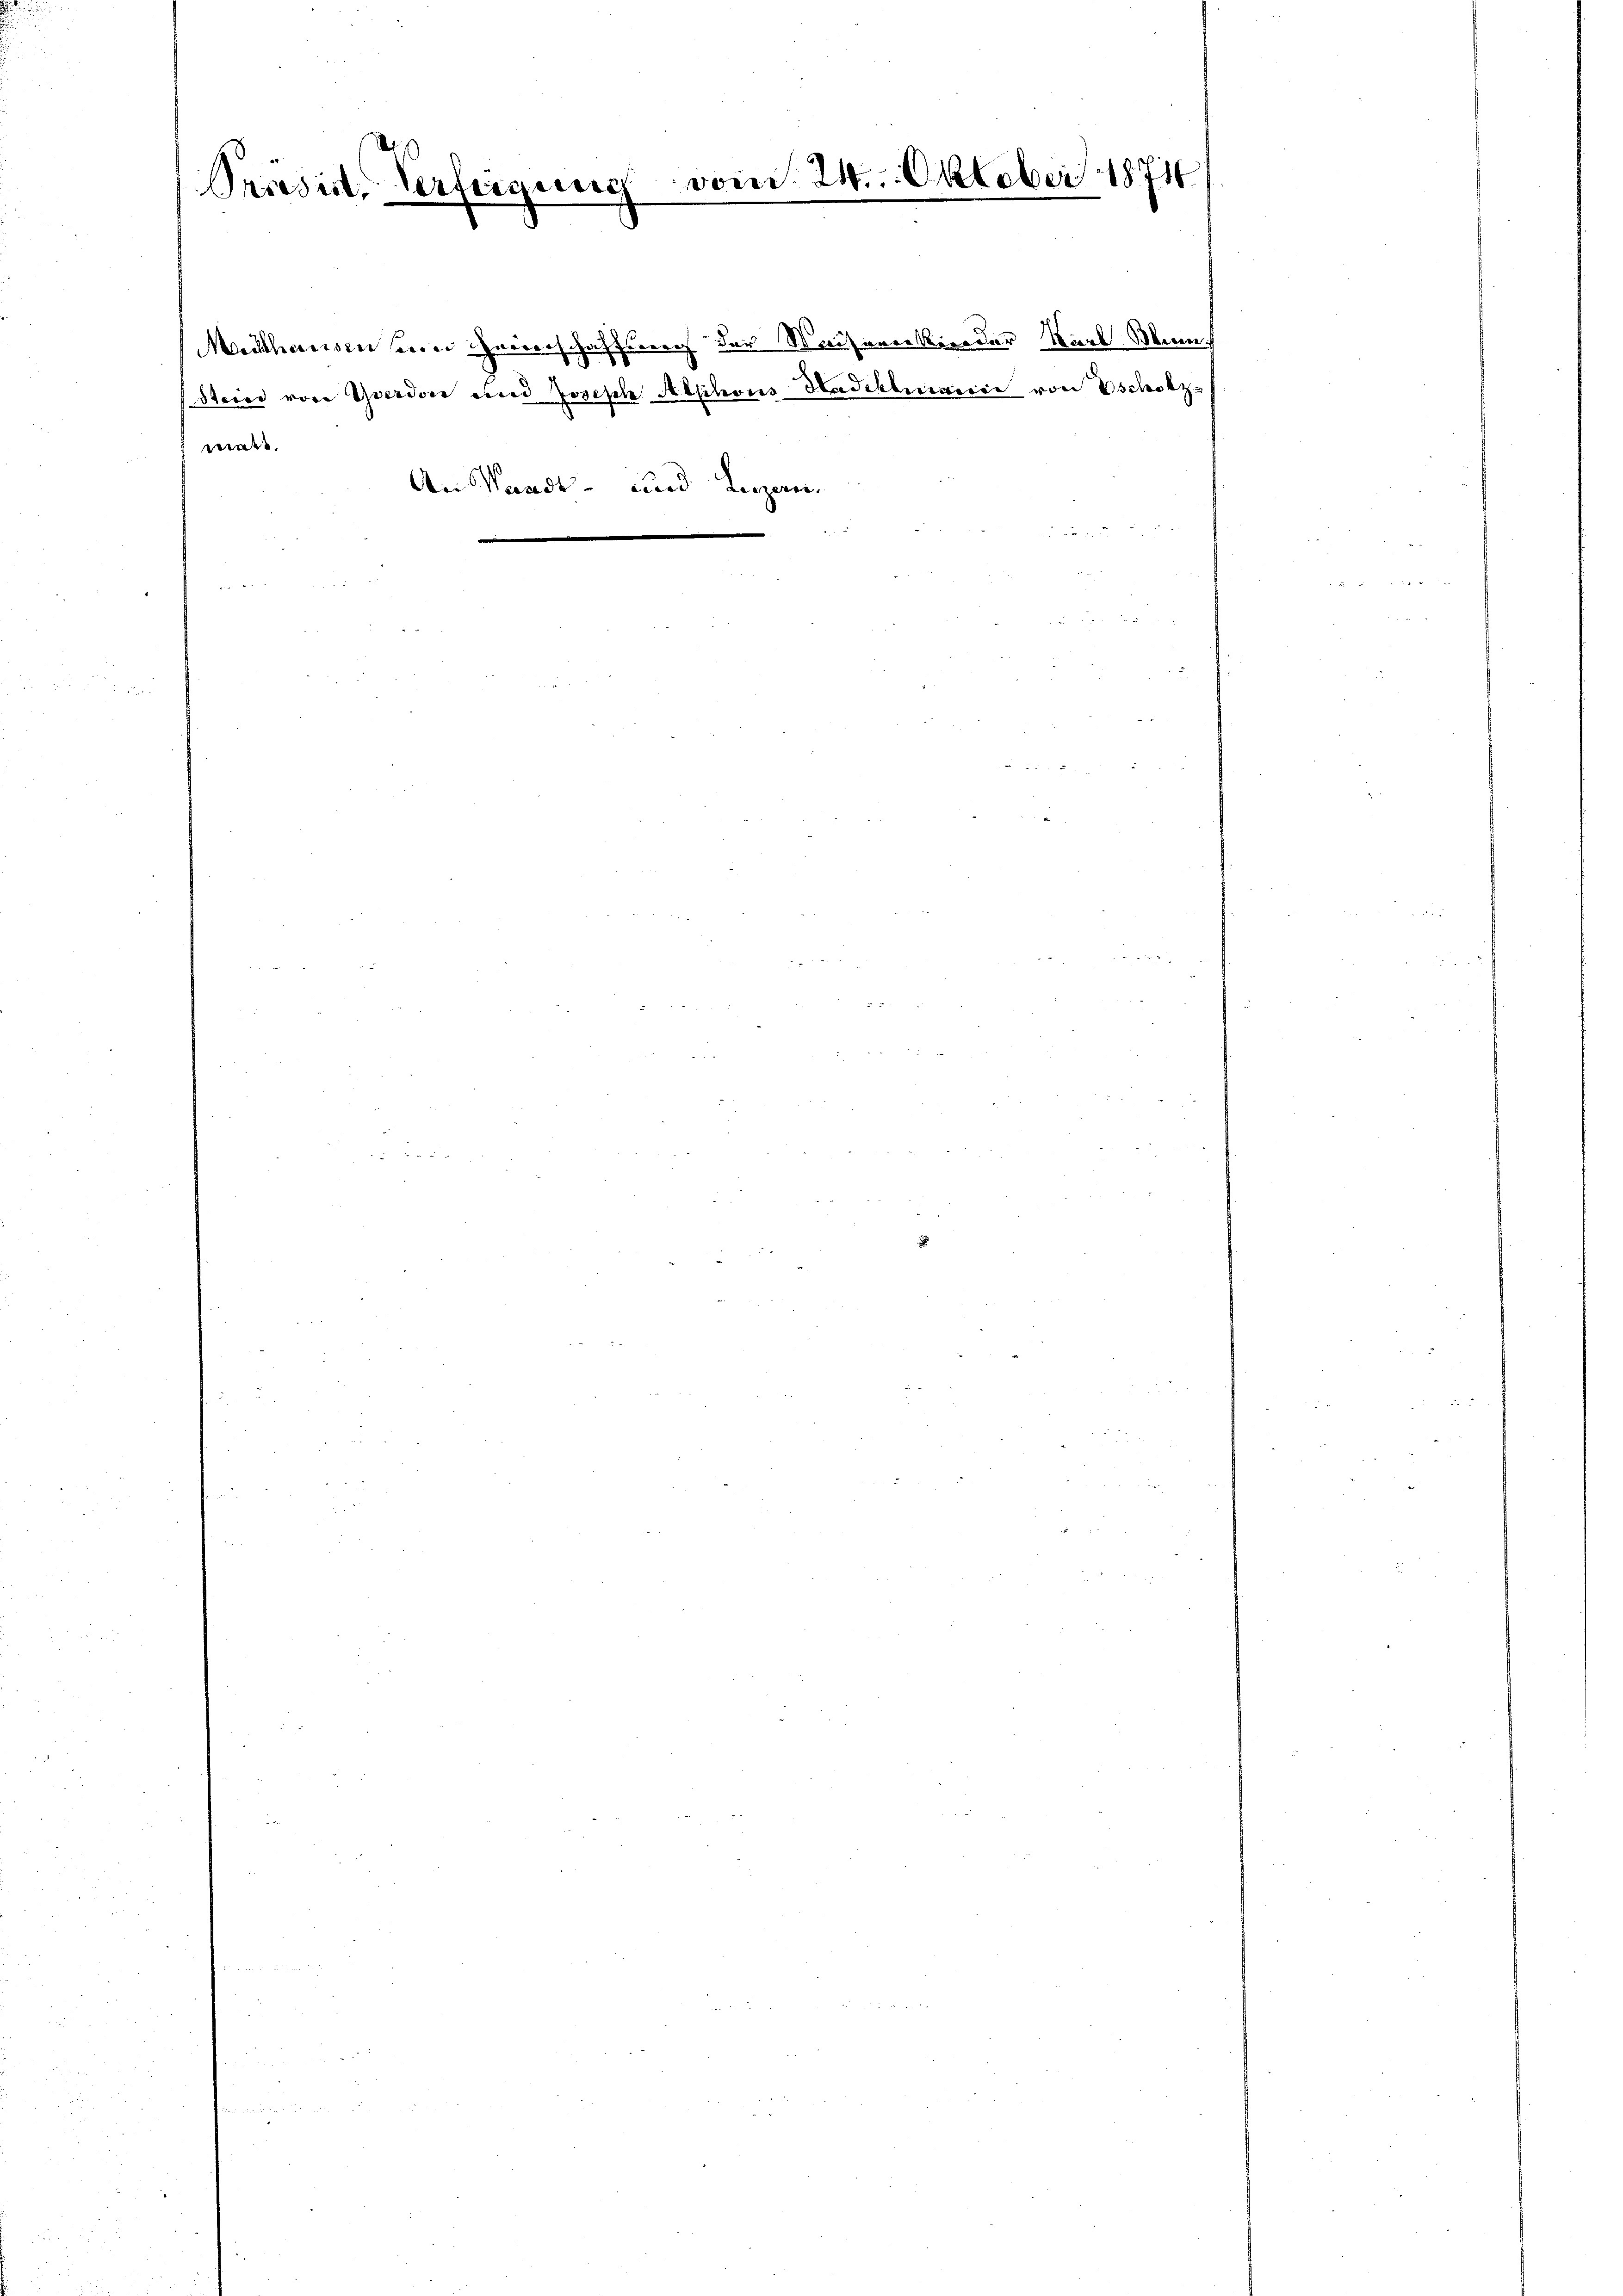
Serisirt, Verfügung

Marthanen sein Gerich hat
Steier von Yverdon und Joseph Alphons Hadeklucarice von Eschofz
ma
An Waadt- und Inzan¬

¬

d

21. Oktober 1874.
i

schweren der Waisererkinder Karl Mann